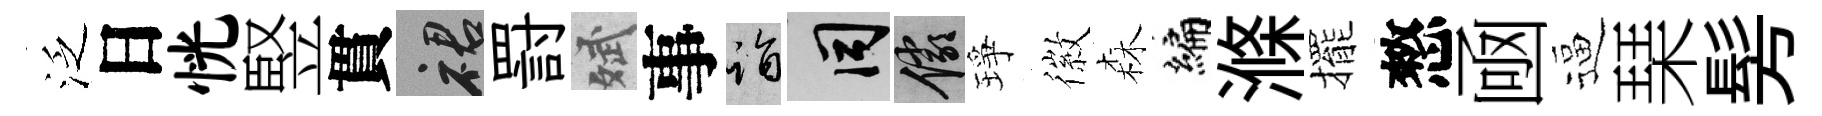
泛日恍竪貫裙罸斌事诣间儼琤徽森编滌擺憗凾逼琹髣